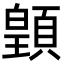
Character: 𩔇